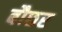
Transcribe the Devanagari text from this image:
बौछर